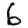
Digit: 6